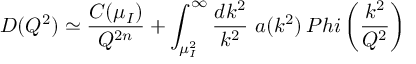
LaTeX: D ( Q ^ { 2 } ) \simeq { \frac { C ( \mu _ { I } ) } { Q ^ { 2 n } } } + \int _ { \mu _ { I } ^ { 2 } } ^ { \infty } { \frac { d k ^ { 2 } } { k ^ { 2 } } } \ a ( k ^ { 2 } ) \, P h i \left( { \frac { k ^ { 2 } } { Q ^ { 2 } } } \right)